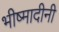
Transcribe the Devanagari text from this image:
भीष्मादीनी